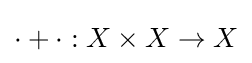
\cdot +\cdot :X\times X\to X